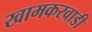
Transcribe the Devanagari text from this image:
खामकरवाडी